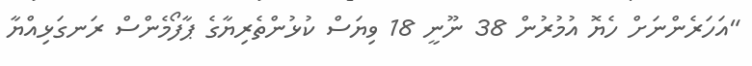
"އަހަރެންނަށް ހެޔޮ އުމުރުން 38 ނޫނީ 18 ވިޔަސް ކުޅުންތެރިޔާގެ ޕާފޯމެންސް ރަނގަޅިއްޔާ